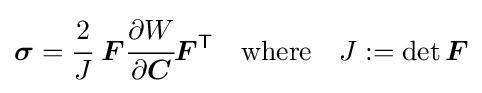
{\boldsymbol {\sigma }}={\cfrac {2}{J}}~{\boldsymbol {F}}{\cfrac {\partial W}{\partial {\boldsymbol {C}}}}{\boldsymbol {F}}^{\textsf {T}}\quad {\text{where}}\quad J:=\det {\boldsymbol {F}}